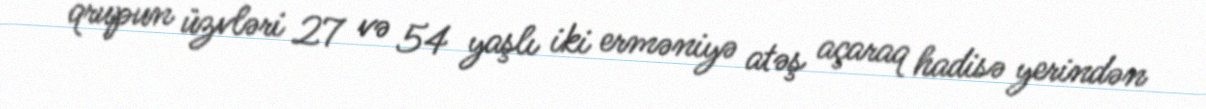
qrupun üzvləri 27 və 54 yaşlı iki erməniyə atəş açaraq hadisə yerindən